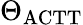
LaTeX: \Theta_{\mathrm{ACTT}}